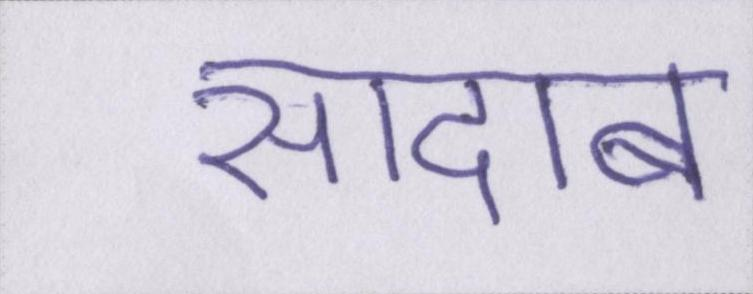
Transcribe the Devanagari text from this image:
सादाब